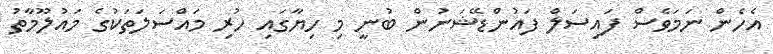
އެހެން ނަމަވެސް ފައިސަލް ފައުންޑޭޝަނުން ބުނީ މި ހިޔާގައި ހުރި މައްސަލަތަކުގެ މައުލޫމާތު